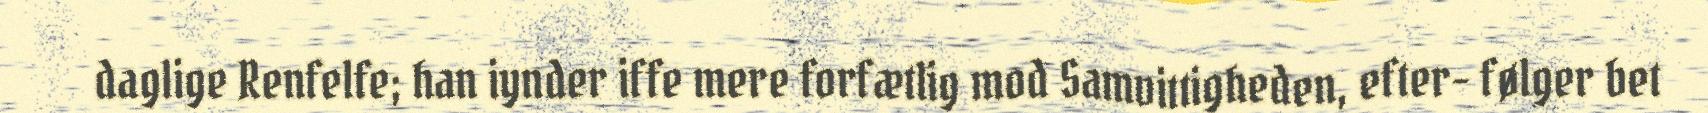
daglige Renfelfe; han iynder iffe mere forfætlig mod Samvittigheden, efter- følger bet